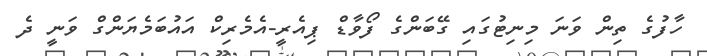
ހާފުގެ ތިން ވަނަ މިނިޓުގައި ގޭބަންގެ ފޯވާޑް ޕިއެރީ-އެމެރިކް އައުބަމެޔަންގް ވަނީ ދެ